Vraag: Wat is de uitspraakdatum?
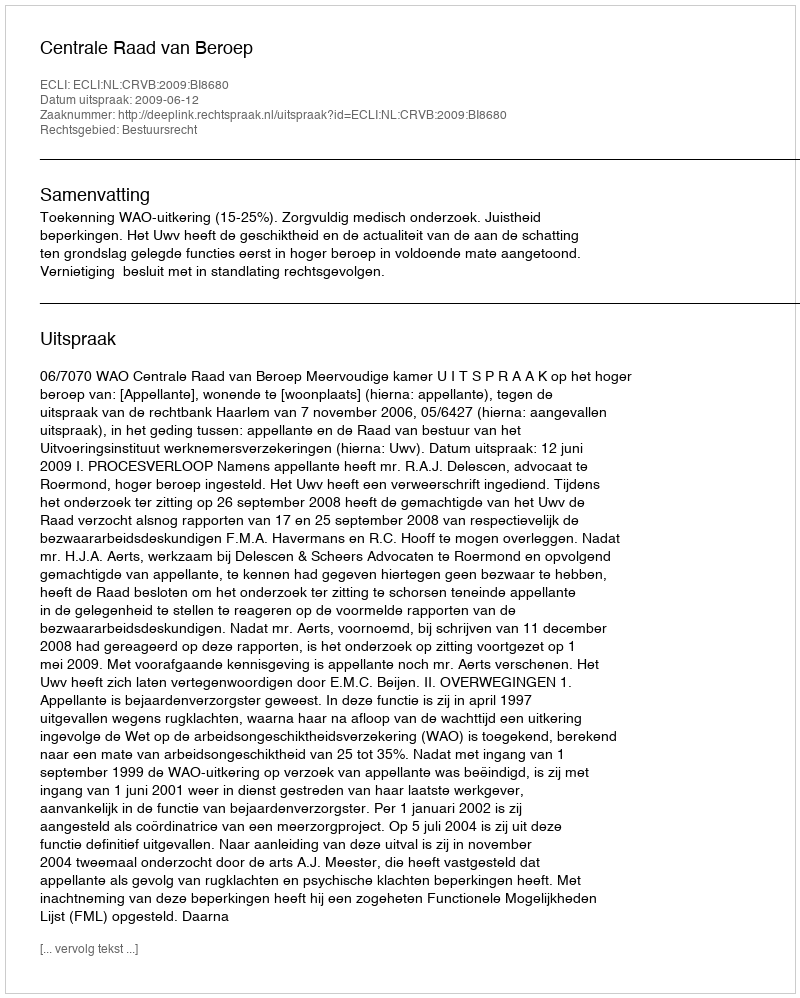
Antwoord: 2009-06-12